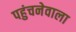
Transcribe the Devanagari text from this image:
पहुंचनेवाला